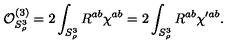
{ \cal O } _ { S _ { \rho } ^ { 3 } } ^ { ( 3 ) } = 2 \int _ { S _ { \rho } ^ { 3 } } R ^ { a b } \chi ^ { a b } = 2 \int _ { S _ { \rho } ^ { 3 } } R ^ { a b } \chi ^ { \prime a b } .